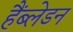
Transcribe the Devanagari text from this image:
हैंब्लेडन